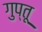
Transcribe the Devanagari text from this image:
गुप्तू